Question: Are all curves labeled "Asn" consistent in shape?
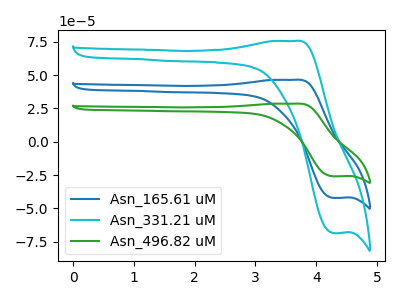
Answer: <think>The blue curve "Asn_165.61 uM" has an anodic peak at (3.65V, 46.50uA) and a cathodic peak at (4.30V, -42.15uA). The cyan curve "Asn_331.21 uM" has an anodic peak at (3.65V, 75.65uA) and a cathodic peak at (4.30V, -68.55uA). The green curve "Asn_496.82 uM" has an anodic peak at (3.65V, 93.05uA) and a cathodic peak at (4.30V, -84.30uA).
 All the peaks in "Asn_165.61 uM" have a peak in "Asn_331.21 uM" at the same potential. Every peak in "Asn_165.61 uM" is lower than every peak in "Asn_331.21 uM". All the peaks in "Asn_165.61 uM" have a peak in "Asn_496.82 uM" at the same potential. Every peak in "Asn_165.61 uM" is lower than every peak in "Asn_496.82 uM". All the peaks in "Asn_331.21 uM" have a peak in "Asn_496.82 uM" at the same potential. Every peak in "Asn_331.21 uM" is lower than every peak in "Asn_496.82 uM".</think>
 <answer>All the CV's of "Asn" have similar shape.</answer>
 <eval>follow_rule</eval>